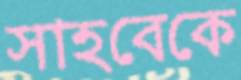
সাহবেকে